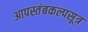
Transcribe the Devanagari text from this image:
आपस्तंबकल्पसूत्र